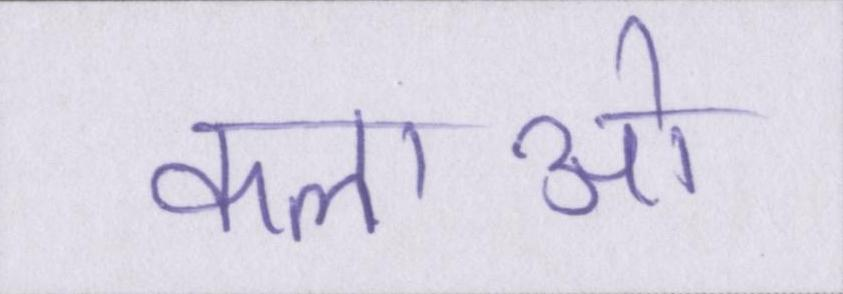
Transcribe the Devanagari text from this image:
कलाओ